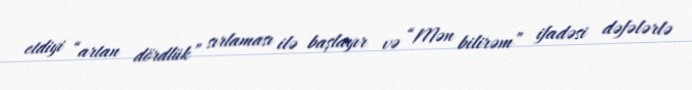
etdiyi “artan dördlük” sırlaması ilə başlayır və “Mən bilirəm” ifadəsi dəfələrlə